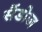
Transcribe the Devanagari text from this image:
सैंडोज